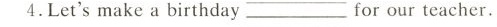
4.Let'smake a birthday _for our teacher.